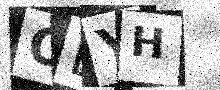
Text: OBYH